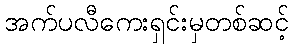
အက်ပလီကေးရှင်းမှတစ်ဆင့်